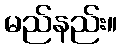
မည်နည်း။